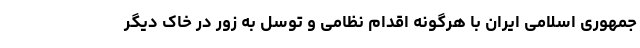
جمهوری اسلامی ایران با هرگونه اقدام نظامی و توسل به زور در خاک دیگر